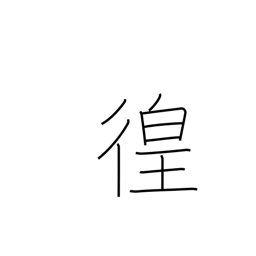
Meaning: wandering